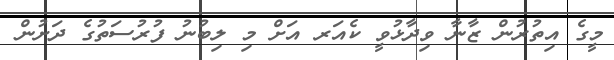
މީގެ އިތުރުން ޒާނާ ވިދާޅުވީ ކެއަރ އަށް މި ލިބުނު ފުރުސަތުގެ ދަށުން